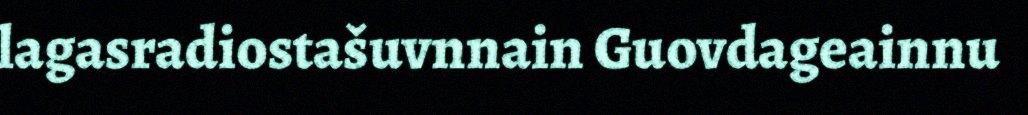
lagasradiostašuvnnain Guovdageainnu